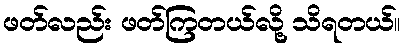
ဖတ်လည်း ဖတ်ကြတယ်လို့ သိရတယ်။